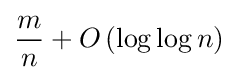
{\frac {m}{n}}+O\left(\log \log n\right)